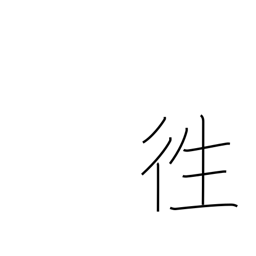
Meaning: chase away